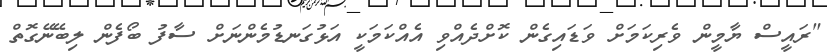
"ރައީސް ޔާމީން ވެރިކަމަށް ވަޑައިގެން ކޮށްދެއްވި އެއްކަމަކީ އަޅުގަނޑުމެންނަށް ސާފު ބޯފެން ލިބޭނޭގޮތް